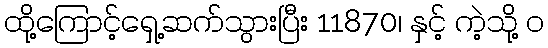
ထို့ကြောင့်ရှေ့ဆက်သွားပြီး 11870၊ နှင့် ကဲ့သို့ ၀